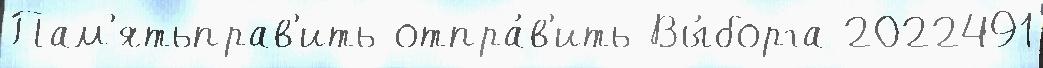
Пам'ятьправ'ить отпра́в'ить Вы́борга 2022491